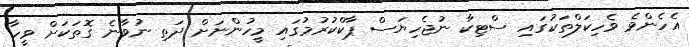
އެހެންވެ ވެހިކަލްތަކުގައި ސްޓިކާ ނުޖެހިޔަސް ޕާކްކުރުމުގައި މީހުންނަށް ދަތި ނުވާނެ ގޮތަކަށް ވީހާ